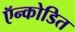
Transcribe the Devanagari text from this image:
ऍन्कोडित